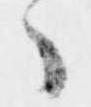
々